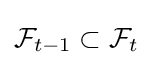
{\mathcal {F}}_{t-1}\subset {\mathcal {F}}_{t}